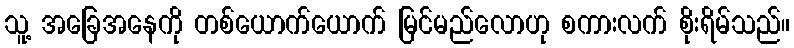
သူ့ အခြေအနေကို တစ်ယောက်ယောက် မြင်မည်လောဟု စကားလက် စိုးရိမ်သည်။